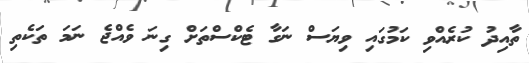
ތާއިދު ކުރެއްވި ކަމުގައި ވިޔަސް ނަގާ ޓެކްސްތަށް ގިނަ ވެއްޖެ ނަމަ ތަކެތި